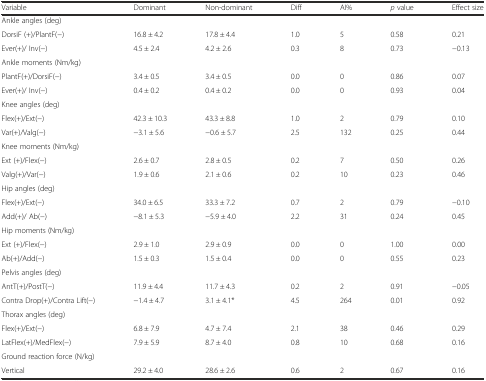
<table><thead><tr><td><b>Variable</b></td><td><b>Dominant</b></td><td><b>Non-dominant</b></td><td><b>Diff</b></td><td><b>AI%</b></td><td><b><i>p</i> value</b></td><td><b>Effect size</b></td></tr></thead><tbody><tr><td>Ankle angles (deg)</td><td></td><td></td><td></td><td></td><td></td><td></td></tr><tr><td>DorsiF (+)/PlantF(−)</td><td>16.8 ± 4.2</td><td>17.8 ± 4.4</td><td>1.0</td><td>5</td><td>0.58</td><td>0.21</td></tr><tr><td>Ever(+)/ Inv(−)</td><td>4.5 ± 2.4</td><td>4.2 ± 2.6</td><td>0.3</td><td>8</td><td>0.73</td><td>−0.13</td></tr><tr><td>Ankle moments (Nm/kg)</td><td></td><td></td><td></td><td></td><td></td><td></td></tr><tr><td>PlantF(+)/DorsiF(−)</td><td>3.4 ± 0.5</td><td>3.4 ± 0.5</td><td>0.0</td><td>0</td><td>0.86</td><td>0.07</td></tr><tr><td>Ever(+)/ Inv(−)</td><td>0.4 ± 0.2</td><td>0.4 ± 0.2</td><td>0.0</td><td>0</td><td>0.93</td><td>0.04</td></tr><tr><td>Knee angles (deg)</td><td></td><td></td><td></td><td></td><td></td><td></td></tr><tr><td>Flex(+)/Ext(−)</td><td>42.3 ± 10.3</td><td>43.3 ± 8.8</td><td>1.0</td><td>2</td><td>0.79</td><td>0.10</td></tr><tr><td>Var(+)/Valg(−)</td><td>−3.1 ± 5.6</td><td>−0.6 ± 5.7</td><td>2.5</td><td>132</td><td>0.25</td><td>0.44</td></tr><tr><td>Knee moments (Nm/kg)</td><td></td><td></td><td></td><td></td><td></td><td></td></tr><tr><td>Ext (+)/Flex(−)</td><td>2.6 ± 0.7</td><td>2.8 ± 0.5</td><td>0.2</td><td>7</td><td>0.50</td><td>0.26</td></tr><tr><td>Valg(+)/Var(−)</td><td>1.9 ± 0.6</td><td>2.1 ± 0.6</td><td>0.2</td><td>10</td><td>0.23</td><td>0.46</td></tr><tr><td>Hip angles (deg)</td><td></td><td></td><td></td><td></td><td></td><td></td></tr><tr><td>Flex(+)/Ext(−)</td><td>34.0 ± 6.5</td><td>33.3 ± 7.2</td><td>0.7</td><td>2</td><td>0.79</td><td>−0.10</td></tr><tr><td>Add(+)/ Ab(−)</td><td>−8.1 ± 5.3</td><td>−5.9 ± 4.0</td><td>2.2</td><td>31</td><td>0.24</td><td>0.45</td></tr><tr><td>Hip moments (Nm/kg)</td><td></td><td></td><td></td><td></td><td></td><td></td></tr><tr><td>Ext (+)/Flex(−)</td><td>2.9 ± 1.0</td><td>2.9 ± 0.9</td><td>0.0</td><td>0</td><td>1.00</td><td>0.00</td></tr><tr><td>Ab(+)/Add(−)</td><td>1.5 ± 0.3</td><td>1.5 ± 0.4</td><td>0.0</td><td>0</td><td>0.55</td><td>0.23</td></tr><tr><td>Pelvis angles (deg)</td><td></td><td></td><td></td><td></td><td></td><td></td></tr><tr><td>AntT(+)/PostT(−)</td><td>11.9 ± 4.4</td><td>11.7 ± 4.3</td><td>0.2</td><td>2</td><td>0.91</td><td>−0.05</td></tr><tr><td>Contra Drop(+)/Contra Lift(−)</td><td>−1.4 ± 4.7</td><td>3.1 ± 4.1*</td><td>4.5</td><td>264</td><td>0.01</td><td>0.92</td></tr><tr><td>Thorax angles (deg)</td><td></td><td></td><td></td><td></td><td></td><td></td></tr><tr><td>Flex(+)/Ext(−)</td><td>6.8 ± 7.9</td><td>4.7 ± 7.4</td><td>2.1</td><td>38</td><td>0.46</td><td>0.29</td></tr><tr><td>LatFlex(+)/MedFlex(−)</td><td>7.9 ± 5.9</td><td>8.7 ± 4.0</td><td>0.8</td><td>10</td><td>0.68</td><td>0.16</td></tr><tr><td>Ground reaction force (N/kg)</td><td></td><td></td><td></td><td></td><td></td><td></td></tr><tr><td>Vertical</td><td>29.2 ± 4.0</td><td>28.6 ± 2.6</td><td>0.6</td><td>2</td><td>0.67</td><td>0.16</td></tr></tbody></table>